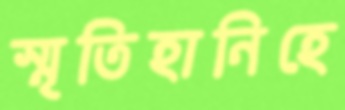
স্মৃতিহানিহে